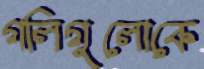
গলিগুলোকে